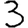
Digit: 3